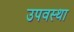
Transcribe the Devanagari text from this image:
उपवस्था